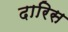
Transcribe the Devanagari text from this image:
दारिस